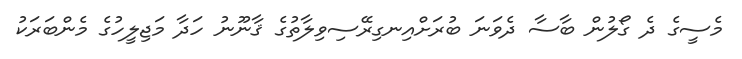
މެސީގެ ދެ ގޯލުން ބާސާ ދެވަނަ ބުރަށްއިނގިރޭސިވިލާތުގެ ޤާނޫނު ހަދާ މަޖިލީހުގެ މެންބަރަކު